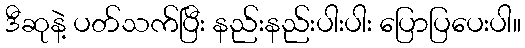
ဒီဆုနဲ့ ပတ်သက်ပြီး နည်းနည်းပါးပါး ပြောပြပေးပါ။